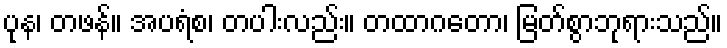
ပုန၊ တဖန်။ အပရံစ၊ တပါးလည်း။ တထာဂတော၊ မြတ်စွာဘုရားသည်။